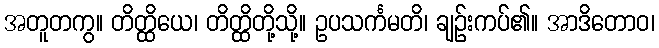
အတူတကွ။ တိတ္ထိယေ၊ တိတ္ထိတို့သို့။ ဥပသင်္ကမတိ၊ ချဉ်းကပ်၏။ အာဒိတောဝ၊